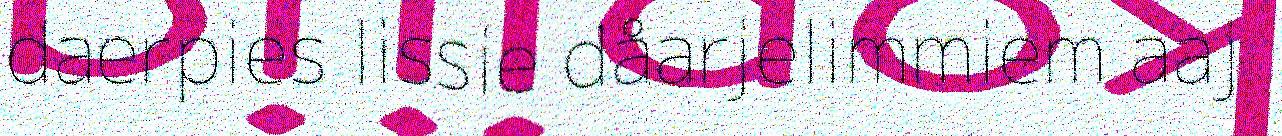
daerpies lissie dåarjelimmiem aaj